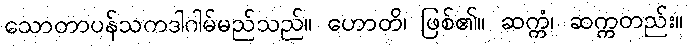
သောတာပန်သကဒါဂါမ်မည်သည်။ ဟောတိ၊ ဖြစ်၏။ ဆက္ကံ၊ ဆက္ကတည်း။